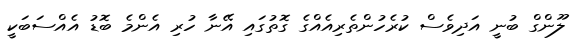
ލޫންގް ބުނީ އަދިވެސް ކުރެހުންތެރިއެއްގެ ގޮތުގައި އޭނާ ހުރި އެންމެ ބޮޑު އެއްސަބަކީ